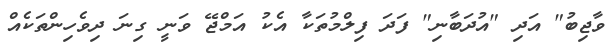
ވާޖިބު" އަދި "އުދަބާނި" ފަދަ ފިލްމުތަކާ އެކު އަމްޖޭ ވަނީ ގިނަ ދިވެހިންތަކެއް